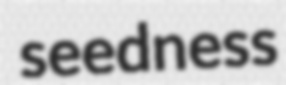
seedness